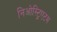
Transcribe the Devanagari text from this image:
निओस्ट्रिएटम